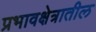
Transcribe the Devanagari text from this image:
प्रभावक्षेत्रातील